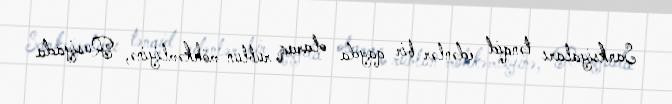
Sanksiyaları tənqid edənlər bir qayda olaraq rublun möhkəmliyinə, Rusiyada